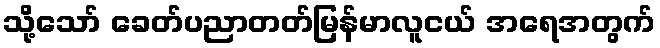
သို့သော် ခေတ်ပညာတတ်မြန်မာလူငယ် အရေအတွက်